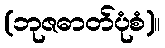
(ဘုဇဓာတ်ပုံစံ)။